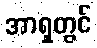
အာရှတွင်